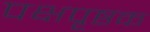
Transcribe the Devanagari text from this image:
पक्षपृष्ठक